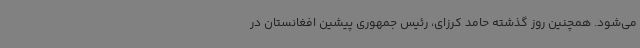
می‌شود. همچنین روز گذشته حامد کرزای، رئیس جمهوری پیشین افغانستان در